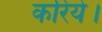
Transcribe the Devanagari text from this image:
करिये।